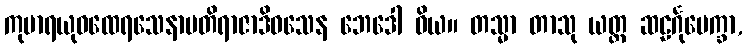
ကုမာရယုဝထေရသေနာပတိရာဇာဒိဝသေန ဘေဒေါ ဝိယ။ တသ္မာ တာသု ယတ္ထ ဆဠင်္ဂုပေက္ခာ,